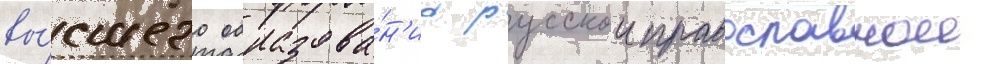
вы́сшего образова́н'иа русскои православнои